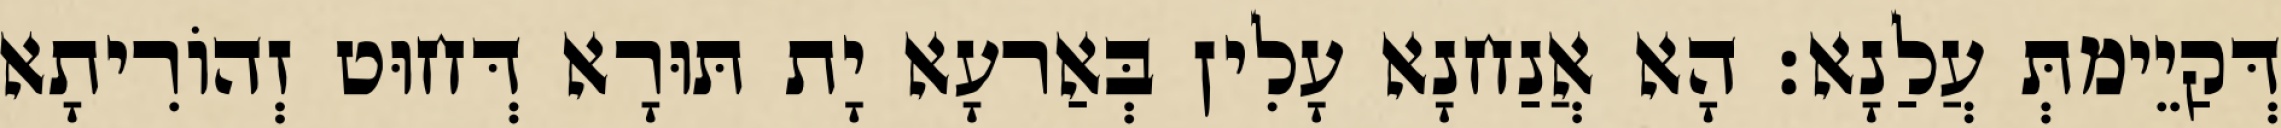
דְּקַיֵימתְּ עֲלַנָא׃ הָא אֲנַחנָא עָלִין בְּאַרעָא יָת תּוּרָא דְּחוּט זְהוֹרִיתָא